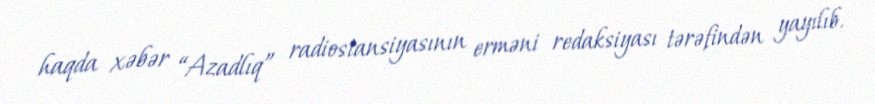
haqda xəbər “Azadlıq” radiostansiyasının erməni redaksiyası tərəfindən yayılıb.